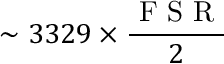
\sim 3 3 2 9 \times \frac { \textup { F S R } } { 2 }